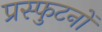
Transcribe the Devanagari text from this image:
प्रस्फुटनों